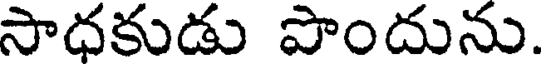
సాధకుడు పొందును.